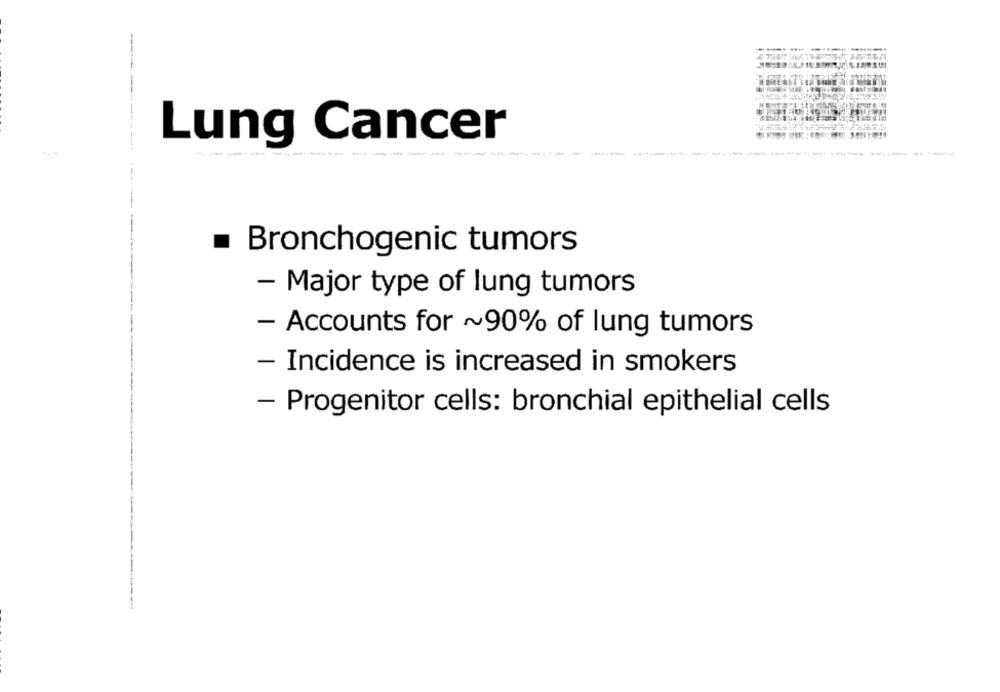
-
Lung Cancer
-------------
Bronchogenic tumors
- Major type of lung tumors
- Accounts for ~90% of lung tumors
- Incidence is increased in smokers
- Progenitor cells: bronchial epithelial cells